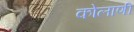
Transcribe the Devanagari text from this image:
कोलाणी